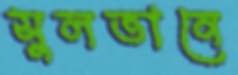
সুলতানে